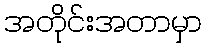
အတိုင်းအတာမှာ